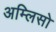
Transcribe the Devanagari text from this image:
अम्लिसो